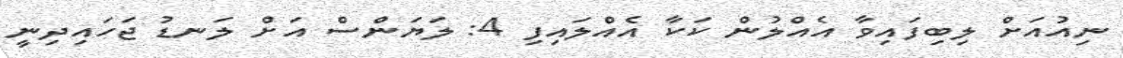
ނިއުއަށް ލިބިފައިވާ އެއްލުން ކަކާ އެއްލައިފި 4: ލަޔަންސް އަށް ލަނޑު ޖަހައިދިނީ